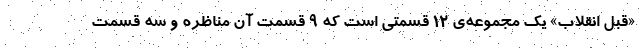
«قبل انقلاب» یک مجموعه‌ی ۱۲ قسمتی است که ۹ قسمت آن مناظره و سه قسمت